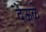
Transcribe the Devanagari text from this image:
देऊळे